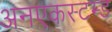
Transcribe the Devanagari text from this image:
अनएकस्टम्ड